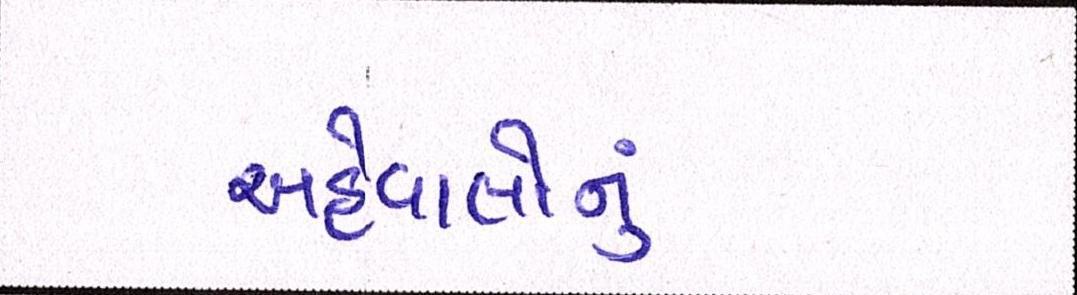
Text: અહેવાલોનું